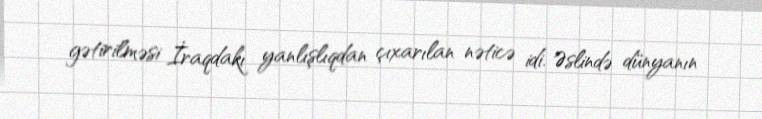
gətirilməsi İraqdakı yanlışlıqdan çıxarılan nəticə idi. Əslində dünyanın